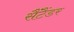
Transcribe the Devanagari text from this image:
सैंटैंडर